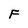
Character: F